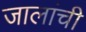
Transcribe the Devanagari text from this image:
जालांची